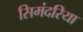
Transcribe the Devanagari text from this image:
सिमंदरिया